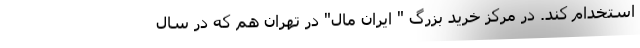
استخدام کند. در مرکز خرید بزرگ " ایران مال" در تهران هم که در سال